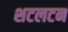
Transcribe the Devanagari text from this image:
शटलटन